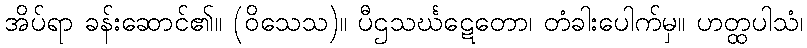
အိပ်ရာ ခန်းဆောင်၏။ (ဝိသေသ)။ ပီဌသင်္ဃဋေတော၊ တံခါးပေါက်မှ။ ဟတ္ထပါသံ၊